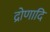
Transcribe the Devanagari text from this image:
द्रोणादि